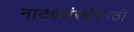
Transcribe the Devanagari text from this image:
नाट्यसंस्थेसाठी